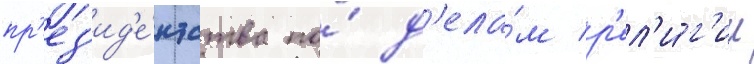
пр'ез'ид'е́нтства по́ д'ела́м р'ел'и́г'ии